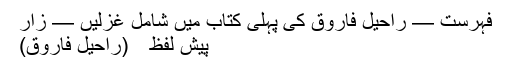
فہرست — راحیلؔ فاروق کی پہلی کتاب میں شامل غزلیں — زار
پیش لفظ (راحیل فاروق)